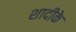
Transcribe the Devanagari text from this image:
शादीके